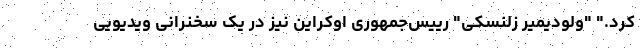
کرد." "ولودیمیر زلنسکی" رییس‌جمهوری اوکراین نیز در یک سخنرانی ویدیویی